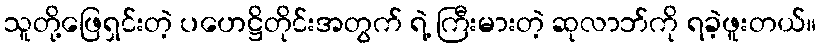
သူတို့ဖြေရှင်းတဲ့ ပဟေဋ္ဌိတိုင်းအတွက် ရဲ့ ကြီးမားတဲ့ ဆုလာဘ်ကို ရခဲ့ဖူးတယ်။